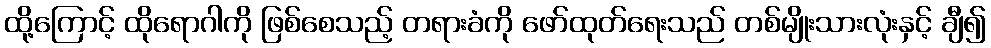
ထို့ကြောင့် ထိုရောဂါကို ဖြစ်စေသည့် တရားခံကို ဖော်ထုတ်ရေးသည် တစ်မျိုးသားလုံးနှင့် ချီ၍